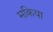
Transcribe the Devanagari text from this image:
मक्रिया